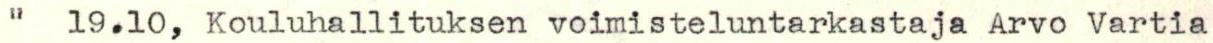
"  19.10, Kouluhallituksen voimisteluntarkastaja Arvo Vartia